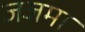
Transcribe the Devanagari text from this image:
जजमा